Annual report on the health of the army in India
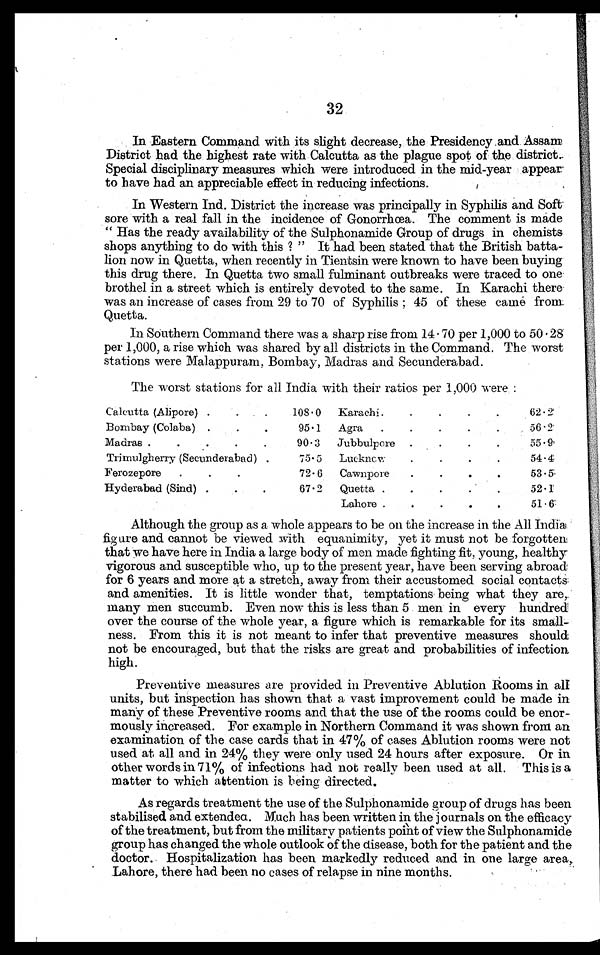
32
In Eastern Command with its slight decrease, the Presidency and. Assam
District had the highest rate with Calcutta as the plague spot of the district..
Special disciplinary measures which were introduced in the mid-year appear
to have had an appreciable effect in reducing infections.
In Western Ind. District the increase was principally in Syphilis and Soft
sore with a real fall in the incidence of Gonorrhœa. The comment is made
“ Has the ready availability of the Sulphonamide Group of drugs in chemists
shops anything to do with this ? " It had been stated that the British batta-
lion now in Quetta, when recently in Tientsin were known to have been buying
this drug there. In Quetta two small fulminant outbreaks were traced to one
brothel in a street which is entirely devoted to the same. In Karachi there
was an increase of cases from 29 to 70 of Syphilis;45 of these came from.
Quetta.
In Southern Command there was a sharp rise from 14 . 70 per 1,000 to 50.28
per 1,000, a rise which was shared by all districts in the Command. The worst
stations were Malappuram, Bombay, Madras and Secunderabad.
The worst stations for all India with their ratios per 1,000 were :
Calcutta (Alipore) .
.
.
108.0
Karachi .
.
.
.
.
62.2
Bombay (Colaba) .
.
.
95.1
Agra
.
.
.
.
.
56.2
Madras .
.
.
.
90.3
Jubbulpore .
.
.
.
55.9
Trimulgherry (Secunderabad) .
75.5
Luchncv.
.
.
.
.
54.4
Ferozepore
.
.
.
72.6
Cawnpore
.
.
.
.
53. 5
Hyderabad (Sind) .
.
.
67.2
Quetta
Lahore .
.
.
.
.
..
.
.
.
52.1
51 .6
Although the group as a whole appears to be on the increase in the All India
fig ure and cannot be viewed with equanimity, yet it must not be forgotten
that we have here in India a large body of men made fighting fit, young, healthy
vigorous and susceptible who, up to the present year, have been serving abroad!
for 6 years and more at a stretch, away from their accustomed social contacts:
and amenities. It is little wonder that, temptations being what they are,
many men succumb. Even now this is less than 5 men in every hundred
over the course of the whole year, a figure which is remarkable for its small-
ness. From this it is not meant to infer that preventive measures should
not be encouraged, but that the risks are great and probabilities of infection
high.
Preventive measures are provided in Preventive Ablution Rooms in all
units, but inspection has shown that a vast improvement could be made in
many of these Preventive rooms and that the use of the rooms could be enor-
mously increased. For example in Northern Command it was shown from an
examination of the case cards that in 47% of cases Ablution rooms were not
used at all and in 24% they were only used. 24 hours after exposure. Or in
other words in 71% of infections had not really been used at all. This is a
matter to which attention is being directed.
As regards treatment the use of the Sulphonamid.e group of drugs has been
stabilised and extendea. Much has been written in the journals on the efficacy
of the treatment, but from the military patients point of view the Sulphonamide
group has changed the whole outlook of the disease, both for the patient and the
doctor. Hospitalization has been markedly reduced and in one large area,
Lahore, there had been no cases of relapse in nine months.